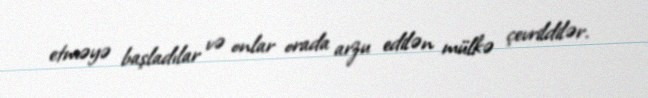
etməyə başladılar və onlar orada arzu edilən mülkə çevrildilər.